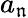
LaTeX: a_{\mathfrak{n}}